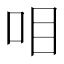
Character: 𰇏